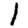
Digit: 1